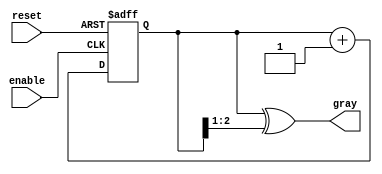
module gray_code_async_counter (
    input wire reset,          // Asynchronous reset
    input wire enable,         // Enable signal to count
    output reg [n-1:0] gray   // Gray code output
);
    parameter n = 3;          // Number of bits for the Gray code counter

    // Internal binary counter to derive Gray code
    reg [n-1:0] binary_count;

    // Function to convert binary to Gray code
    function [n-1:0] bin_to_gray;
        input [n-1:0] binary;
        begin
            bin_to_gray = binary ^ (binary >> 1);
        end
    endfunction

    // Asynchronous reset and counting logic
    always @(posedge enable or posedge reset) begin
        if (reset) begin
            binary_count <= 0; // Reset binary count to 0
        end else begin
            binary_count <= binary_count + 1; // Increment binary count
        end
    end

    // Generate Gray code output from binary count
    always @(binary_count) begin
        gray <= bin_to_gray(binary_count);
    end

endmodule